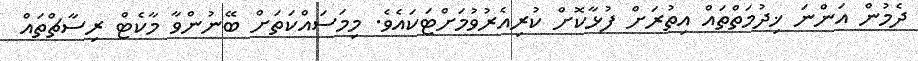
ދެމުން އަންނަ ޚިދުމަތްތައް އިތުރަށް ފުޅާކޮށް ކުރިއެރުވުމަށްޓަކައެވެ. މިމަސައްކަތަށް ބޭނުންވާ މާކެޓް ރިސާޗްތައް